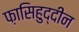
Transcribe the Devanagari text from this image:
फ़ासिहुद्दीन